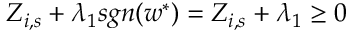
Z _ { i , s } + \lambda _ { 1 } s g n ( w ^ { \ast } ) = Z _ { i , s } + \lambda _ { 1 } \geq 0